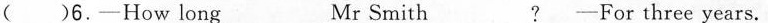
( ）6.-How long_ Mr Smith_? -For three years.